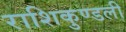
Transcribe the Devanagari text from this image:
राशिकुण्डली